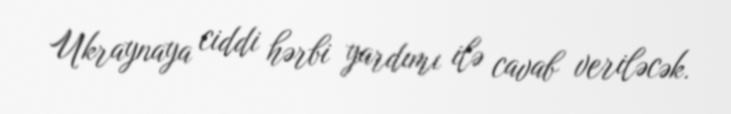
Ukraynaya ciddi hərbi yardımı ilə cavab veriləcək.